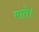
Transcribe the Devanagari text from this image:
माते।